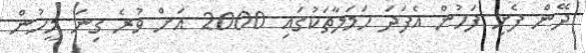
ދޭން ފެށި ފަހުން އެފަދަ ހަމަލާތަކުގައި 2000 އަށް ވުރެ ގިނަ މީހުން